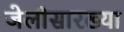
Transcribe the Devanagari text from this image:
जेलीसारख्या